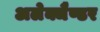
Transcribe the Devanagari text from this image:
अलेक्जैण्डर